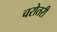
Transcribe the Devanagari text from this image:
चरोतरी